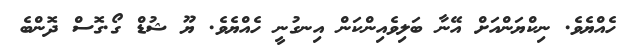
ހެއްޔެވެ. ނިކްޔަންއަށް އޭނާ ބަލިވެއިންކަން އިނގުނީ ހެއްޔެވެ. ޔޫ ޝުޑް ގޯ.ގޮސް ދޮންބެ